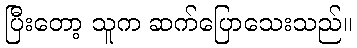
ပြီးတော့ သူက ဆက်ပြောသေးသည်။